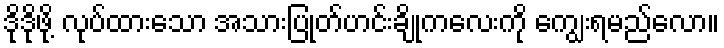
ဒိုဒိုဖို့ လုပ်ထားသော အသားပြုတ်ဟင်းချိုကလေးကို ကျွေးရမည်လော။